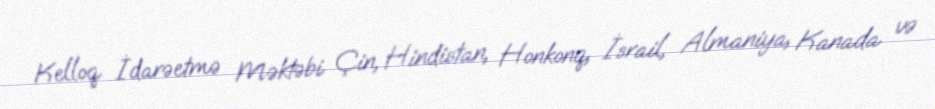
Kelloq İdarəetmə Məktəbi Çin, Hindistan, Honkonq, İsrail, Almaniya, Kanada və